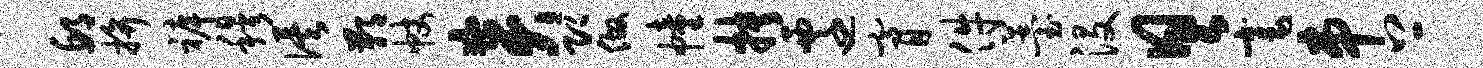
邱拚裤穆俟鄙帐炎即做幢抉迁膏件薹没具毫串上